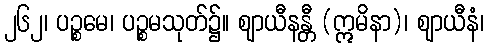
၂၆၂၊ ပဉ္စမေ၊ ပဉ္စမသုတ်၌။ ဈာယီနန္တီ (ဣမိနာ)၊ ဈာယီနံ၊